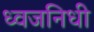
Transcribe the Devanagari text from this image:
ध्वजनिधी